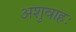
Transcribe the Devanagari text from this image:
अशुवाहः